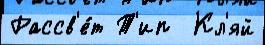
Рассв'е́т Т'ип  Кл'яй